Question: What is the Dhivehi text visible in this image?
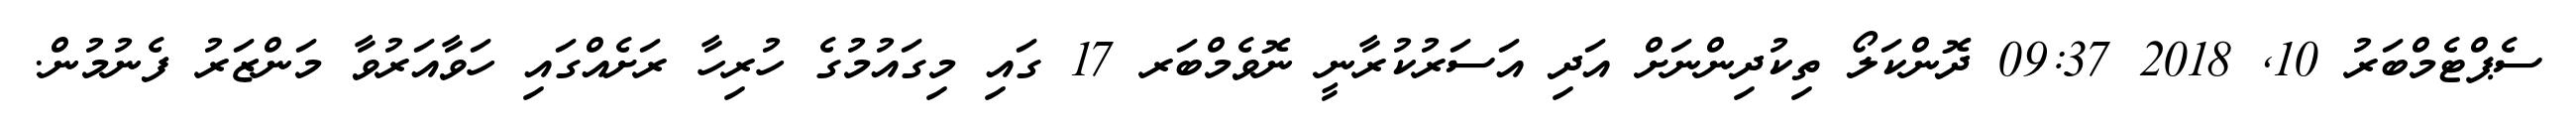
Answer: ސެޕްޓެމްބަރު 10, 2018 09:37 ދޮންކަލޯ ތިކުދިންނަށް އަދި އަސަރުކުރާނީ ނޮވެމްބަރ 17 ގައި މިގައުމުގެ ހުރިހާ ރަށެއްގައި ހަވާއަރުވާ މަންޒަރު ފެނުމުން.